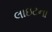
લાઇટના